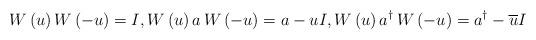
LaTeX: \begin{align*}W \left( u \right) W \left( - u \right) = I,W \left( u \right) a \, W \left( - u \right) = a - u I,W \left( u \right) a^\dagger \, W \left( - u \right) = a^\dagger - \overline{u} I\end{align*}